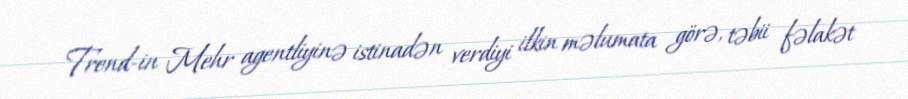
Trend-in Mehr agentliyinə istinadən verdiyi ilkin məlumata görə, təbii fəlakət